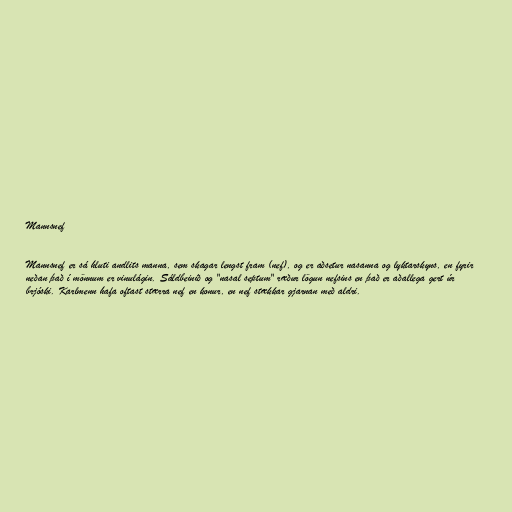
Mannsnef

Mannsnef er sá hluti andlits manna, sem skagar lengst fram (nef), og er aðsetur nasanna og lyktarskyns, en fyrir
neðan það í mönnum er vinulágin. Sáldbeinið og "nasal septum" ræður lögun nefsins en það er aðallega gert úr
brjóski. Karlmenn hafa oftast stærra nef en konur, en nef stækkar gjarnan með aldri.